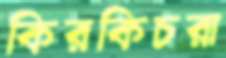
কিরকিচরা